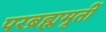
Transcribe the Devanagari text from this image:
परब्रह्ममूर्ती